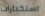
استخبارات